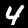
Label: 4